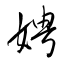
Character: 娉